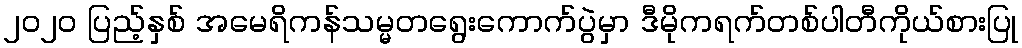
၂၀၂၀ ပြည့်နှစ် အမေရိကန်သမ္မတရွေးကောက်ပွဲမှာ ဒီမိုကရက်တစ်ပါတီကိုယ်စားပြု